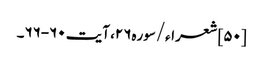
[۵۰] شعراء/سوره۲۶، آیت ۶۰-۶۶۔